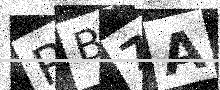
Text: RB7A